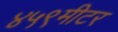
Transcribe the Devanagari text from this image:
४५९मीटर